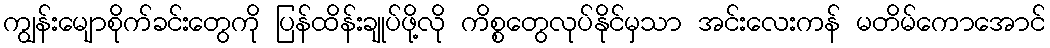
ကျွန်းမျောစိုက်ခင်းတွေကို ပြန်ထိန်းချုပ်ဖို့လို ကိစ္စတွေလုပ်နိုင်မှသာ အင်းလေးကန် မတိမ်ကောအောင်